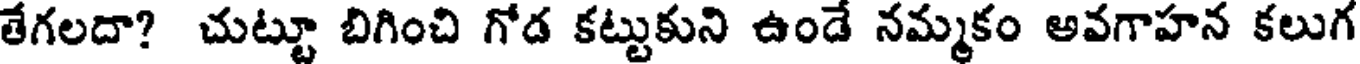
తేగలదా? చుట్టూ బిగించి గోడ కట్టుకుని ఉండే నమ్మకం అవగాహన కలుగ